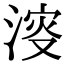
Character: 𣸈